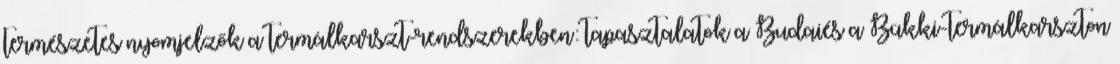
természetes nyomjelzők a termálkarszt-rendszerekben: tapasztalatok a Budaiés a Bükki-termálkarszton